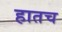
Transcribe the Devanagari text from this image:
हातच